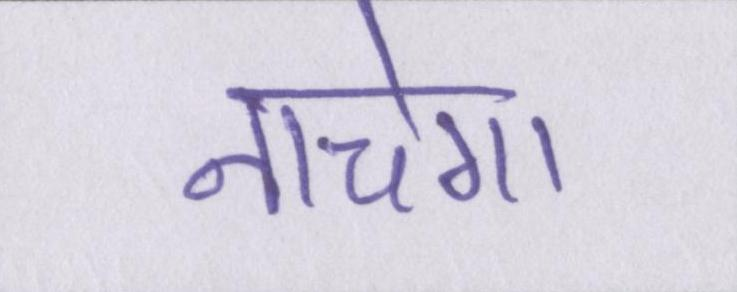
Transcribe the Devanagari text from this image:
नाचेगा